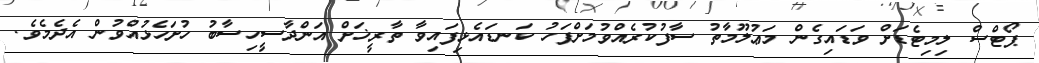
ޕޯޓްސް ލިމިޓެޑަށް ވަޑައިގެން މަޢުލޫމާތު ސާފުކުރެއްވުމަށްފަހު ކަނޑައެޅިފައިވާ ތާރީޚަށް އަންދާސީހިސާބު ހުށަހެޅުއްވުން އެދެމެވެ.